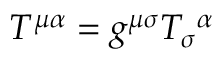
T ^ { \mu \alpha } = g ^ { \mu \sigma } T _ { \sigma } { } ^ { \alpha }